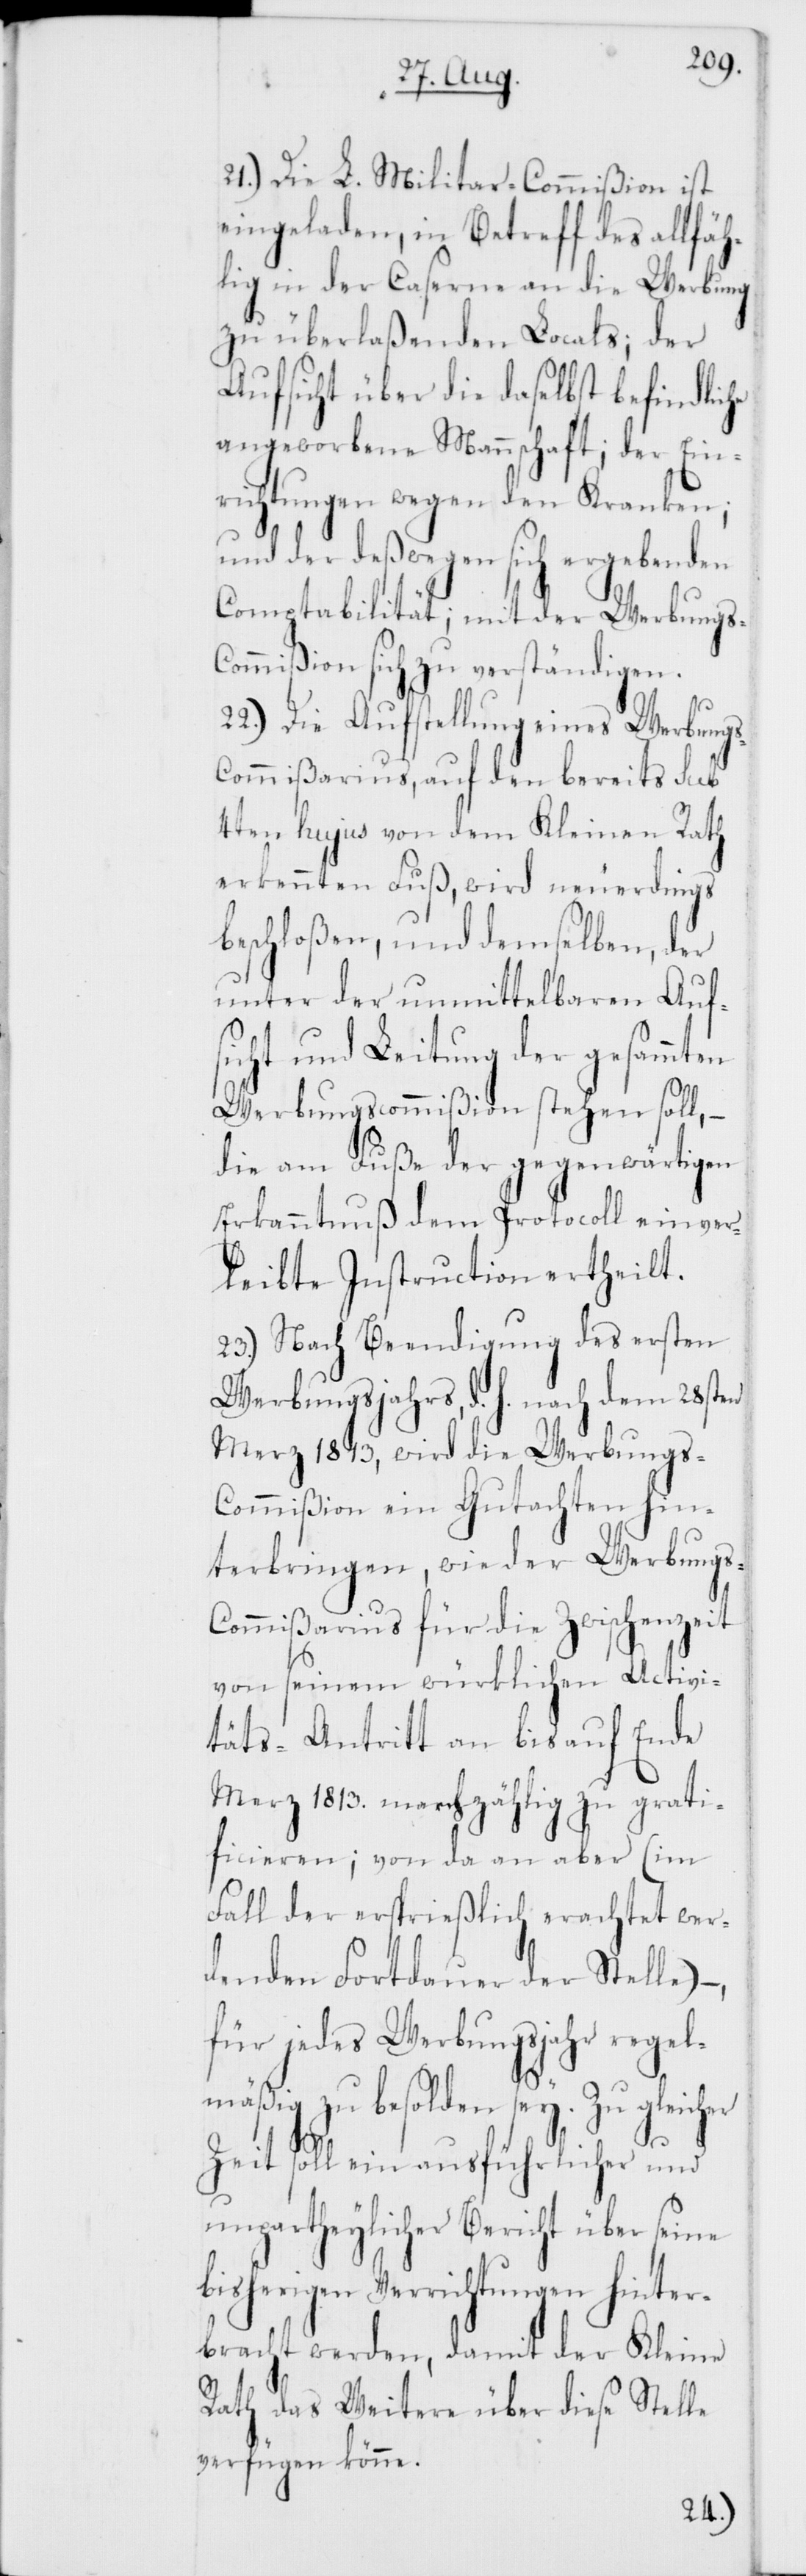
21.) Die L. Militar-Commißion ist
eingeladen, in Betreff des allfäh¬
lig in der Caserne an die Werbung
zu überlaßenden Locals; der
Aufsicht über die daselbst befindliche
angeworbene Mannschaft; der Ein¬
richtungen wegen den Kranken;
und der deßwegen sich ergebenden
Comptabilität; mit der Werbungs-C¬
ommißion sich zu verständigen.
22.) Die Aufstellung eines Werbung¬
s-Commißarius, auf den bereits sub
4ten hujus von dem Kleinen Rath
erkennten Fuß, wird neuerdings
beschloßen, und demselben, der
unter der unmittelbaren Auf¬
sicht und Leitung der gesammten
Werbungscommißion stehen soll, –
die am Fuße der gegenwärtigen
Erkanntnuß dem Protocoll einver¬
leibte Instruction ertheilt.
23.) Nach Bendigung des ersten
Werbungsjahrs, d. h. nach dem 28sten
Merz 1813, wird die Werbung¬
s-Commißion ein Gutachten hin¬
terbringen, wie der Werbung¬
s-Commißarius für die Zwischenzeit
von seinem würklichen Activi¬
täts-Antritt an bis auf Ende
Merz 1813. marchzählig zu grati¬
ficieren; von da an aber (im
Fall der ersprrießlich erachtet wer¬
denden Fortdauer der Stelle)
für jedes Werbungsjahr regel¬
mäßig zu besolden sey. Zu gleicher
Zeit soll ein ausführlicher und
unpartheylicher Bericht über seine
bisherigen Verrichtungen hinter¬
bracht werden, damit der Kleine
Rath das Weitere über diese Stelle
verfügen könne.